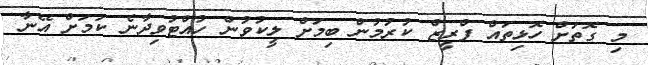
މި ގޮތަށް ހޮޅިތައް ފްރީޒް ކުރުމުން ބިމަށް ލީކުވުން ހުއްޓުވިދާނެ ކަމަށް އޭނާ